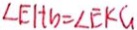
\angle E H b = \angle E K G